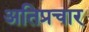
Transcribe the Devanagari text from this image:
अतिप्रचार